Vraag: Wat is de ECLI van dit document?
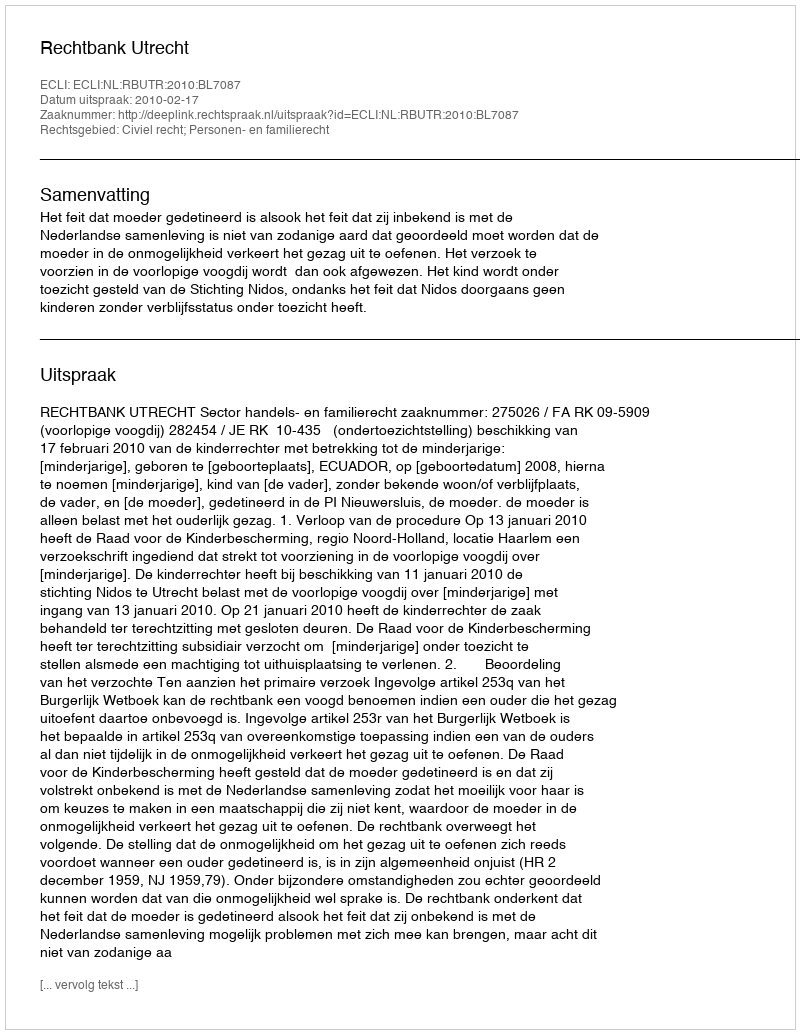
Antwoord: ECLI:NL:RBUTR:2010:BL7087